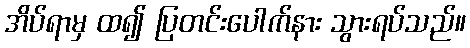
အိပ်ရာမှ ထ၍ ပြတင်းပေါက်နား သွားရပ်သည်။